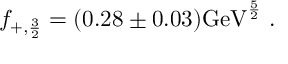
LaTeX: f _ { + , { \frac { 3 } { 2 } } } = ( 0 . 2 8 \pm 0 . 0 3 ) \mathrm { G e V } ^ { \frac { 5 } { 2 } } \; .